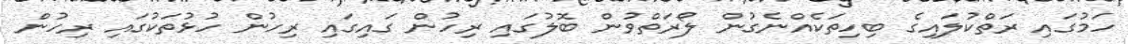
ހަމުގައި ރަތްކުލައިގެ ބިހިތަކެއްނެގުން ލޯރަތްވުން ބޮލުގައި ރިހުން ގައިގައި ރިހުން ހުޅުތަކުގައި ރިހުން